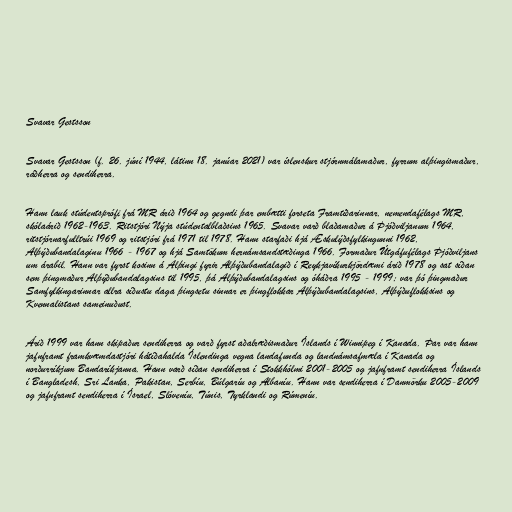
Svavar Gestsson

Svavar Gestsson (f. 26. júní 1944, látinn 18. janúar 2021) var íslenskur stjórnmálamaður, fyrrum alþingismaður,
ráðherra og sendiherra.

Hann lauk stúdentsprófi frá MR árið 1964 og gegndi þar embætti forseta Framtíðarinnar, nemendafélags MR,
skólaárið 1962-1963. Ritstjóri Nýja stúdentalblaðsins 1965. Svavar varð blaðamaður á Þjóðviljanum 1964,
ritstjórnarfulltrúi 1969 og ritstjóri frá 1971 til 1978. Hann starfaði hjá Æskulýðsfylkingunni 1962,
Alþýðubandalaginu 1966 - 1967 og hjá Samtökum hernámsandstæðinga 1966. Formaður Útgáfufélags Þjóðviljans
um árabil. Hann var fyrst kosinn á Alþingi fyrir Alþýðubandalagið í Reykjavíkurkjördæmi árið 1978 og sat síðan
sem þingmaður Alþýðubandalagsins til 1995, þá Alþýðubandalagsins og óháðra 1995 - 1999; var þó þingmaður
Samfylkingarinnar allra síðustu daga þingsetu sinnar er þingflokkar Alþýðubandalagsins, Alþýðuflokksins og
Kvennalistans sameinuðust.

Árið 1999 var hann skipaður sendiherra og varð fyrst aðalræðismaður Íslands í Winnipeg í Kanada. Þar var hann
jafnframt framkvæmdastjóri hátíðahalda Íslendinga vegna landafunda og landnámsafmæla í Kanada og
norðurríkjum Bandaríkjanna. Hann varð síðan sendiherra í Stokkhólmi 2001-2005 og jafnframt sendiherra Íslands
í Bangladesh, Sri Lanka, Pakistan, Serbíu, Búlgaríu og Albaníu. Hann var sendiherra í Danmörku 2005-2009
og jafnframt sendiherra í Ísrael, Slóveníu, Túnis, Tyrklandi og Rúmeníu.